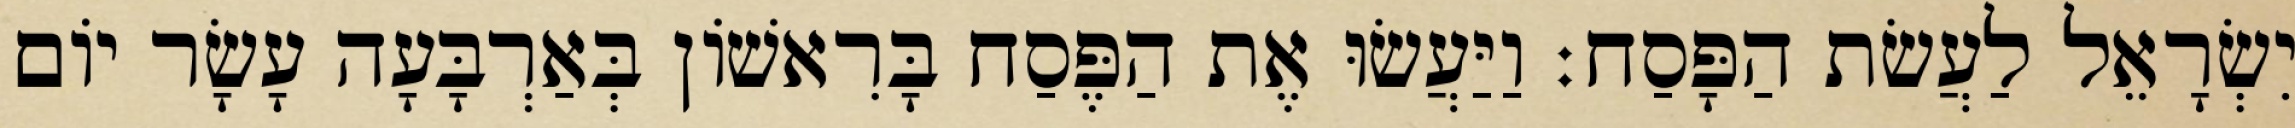
יִשְׂרָאֵל לַעֲשׂת הַפָּסַח׃ וַיַּעֲשׂוּ אֶת הַפֶּסַח בָּרִאשׁוֹן בְּאַרְבָּעָה עָשָׂר יוֹם